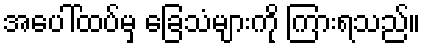
အပေါ်ထပ်မှ ခြေသံများကို ကြားရသည်။